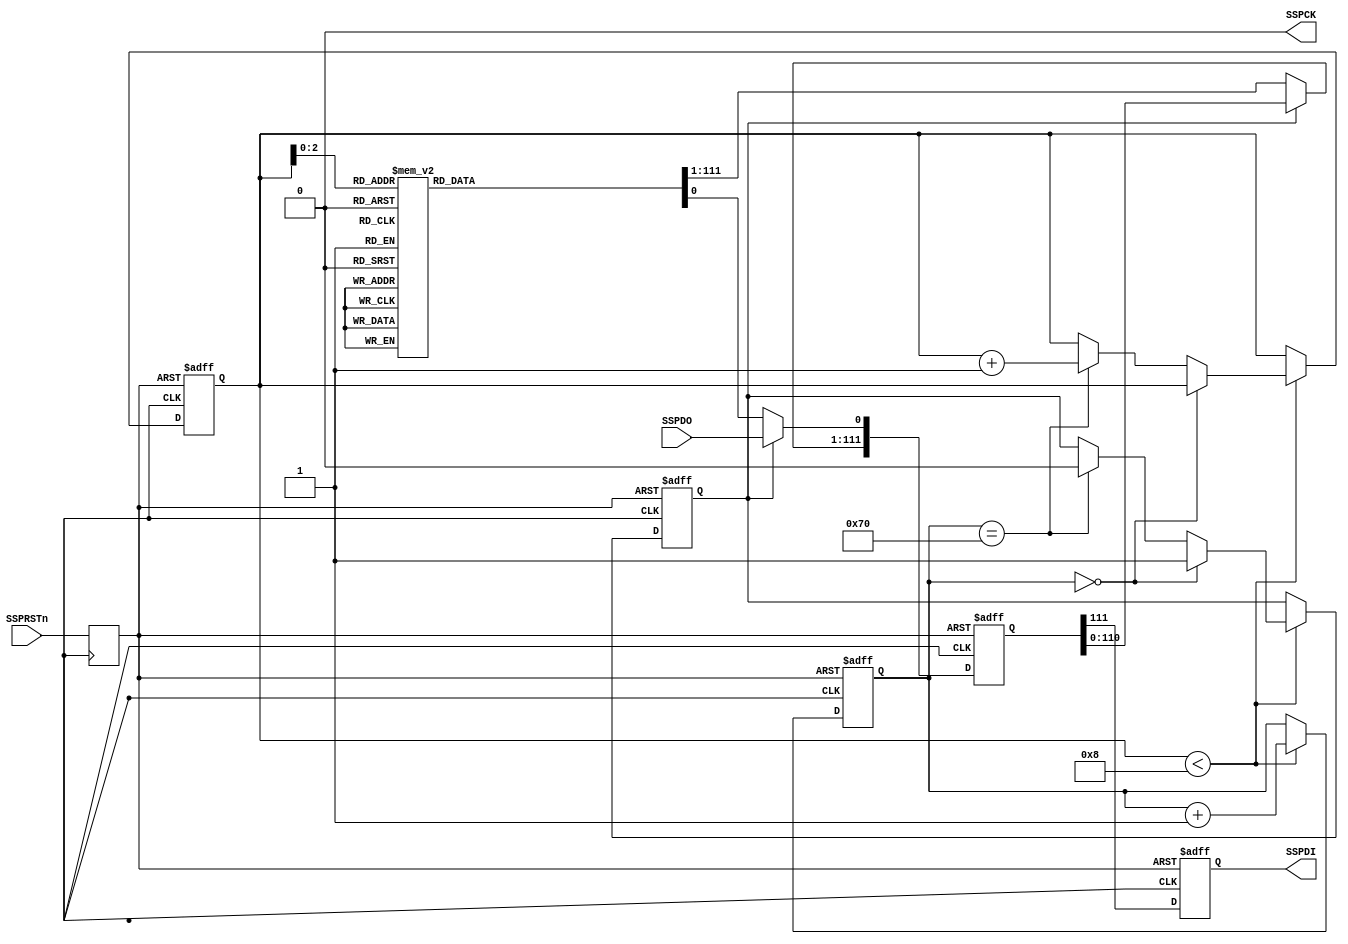
//  --=====================================================================--
//  This confidential and proprietary software may be used only as
//  authorised by a licensing agreement from ARM Limited
//   (C) COPYRIGHT 2010 ARM Limited
//        ALL RIGHTS RESERVED
//  The entire notice above must be reproduced on all authorised
//  copies and copies may only be made to the extent permitted
//  by a licensing agreement from ARM Limited.
//
//  -------------------------------------------------------------------------
//  Version and Release Control Information:
//
//  File Revision       : $Revision: 365823 $
//
//  Release Information : CM3DesignStart-r0p0-02rel0
//
//  -------------------------------------------------------------------------
//
//
//  -------------------------------------------------------------------------
//  Purpose: Simple SPI master interface to FPGA
//  -------------------------------------------------------------------------

`timescale 1 ns/1 ps
module dcc_spi_axi (

  SSPRSTn,
  SSPCK,
  SSPDI,
  SSPDO
);

//-----------------------------------------------------------------------------
// port declarations
//-----------------------------------------------------------------------------
input          SSPRSTn;
output         SSPCK;
output         SSPDI;
input          SSPDO;


//-----------------------------------------------------------------------------
// Constants
//-----------------------------------------------------------------------------

// Store the serial in packet
// 112 bit packet: | Comand[7:0] | Address[39:0]| DataIn[31:0] | DataOut[31:0]

// Comand
//  READ:      20
//  WRITE:     A0
//  CFG_READ:  40
//  CFG_WRITE: C0

//Write date from SPI
`define TEST_VECTOR0 112'hA000_0040_0004_AAAA_5555_0000_0000
`define TEST_VECTOR1 112'h2000_0040_0004_0000_0000_0000_0000
`define TEST_VECTOR2 112'hA000_0040_0004_AAAA_5555_0000_0000
`define TEST_VECTOR3 112'h2000_0040_0004_0000_0000_0000_0000
`define TEST_VECTOR4 112'hA000_0040_0004_AAAA_5555_0000_0000
`define TEST_VECTOR5 112'h2000_0040_0004_0000_0000_0000_0000
`define TEST_VECTOR6 112'hA000_0040_0004_AAAA_5555_0000_0000
`define TEST_VECTOR7 112'h2000_0040_0004_0000_0000_0000_0000

//`define TEST_VECTOR1 112'hA000_2100_0008_1111_1111_0000_0000
//`define TEST_VECTOR2 112'hA000_2100_000C_2222_2222_0000_0000
//`define TEST_VECTOR3 112'hA000_2100_0010_CCCC_CCCC_0000_0000

//Read data to SPI
//`define TEST_VECTOR5 112'h2000_2100_0008_0000_0000_0000_0000
//`define TEST_VECTOR6 112'h2000_2100_000C_0000_0000_0000_0000
//`define TEST_VECTOR7 112'h2000_2100_0010_0000_0000_0000_0000



//-----------------------------------------------------------------------------
// Wire declarations
//-----------------------------------------------------------------------------
reg [111:0] ShiftReg;
reg [3:0]   WordSel;
reg [31:0]  DataIn;

reg         clken;
reg [6:0]   cnt;

reg         SSPDI_reg;
//-----------------------------------------------------------------------------
// Main body of code
//-----------------------------------------------------------------------------

// ======================
// SSPCLK Generator
// ======================

reg iSSPCK;
reg SSPRSTn_i;

initial
   iSSPCK = 1'b0;

always
  begin
     #50
   iSSPCK = ~iSSPCK;  //10MHz
  end // always begin


// Synchronise reset to clock.
always @ (posedge iSSPCK)
begin
   SSPRSTn_i <= SSPRSTn;
end



// ==============================================
// Shift Test Data out
// ==============================================

always @ (posedge iSSPCK or negedge SSPRSTn_i)
begin
  if (!SSPRSTn_i) begin
      ShiftReg <= `TEST_VECTOR0;
  end else begin
    if (clken) begin
      ShiftReg[111:1] <= ShiftReg[110:0];
      ShiftReg[0]     <= SSPDO;
    end else begin
     case (WordSel[2:0])
       3'b000:  ShiftReg <= `TEST_VECTOR0;
       3'b001:  ShiftReg <= `TEST_VECTOR1;
       3'b010:  ShiftReg <= `TEST_VECTOR2;
       3'b011:  ShiftReg <= `TEST_VECTOR3;
       3'b100:  ShiftReg <= `TEST_VECTOR4;
       3'b101:  ShiftReg <= `TEST_VECTOR5;
       3'b110:  ShiftReg <= `TEST_VECTOR6;
       3'b111:  ShiftReg <= `TEST_VECTOR7;
       default: ShiftReg <= `TEST_VECTOR0;
   endcase
    end
  end
end


// =================================
// Clock Enable
// =================================

always @ (negedge iSSPCK or negedge SSPRSTn_i)
begin
  if (!SSPRSTn_i) begin
    cnt      <= 0;
    clken    <= 1'b0;
    WordSel  <= 0;
  end else begin
    if (WordSel<8) begin
      cnt <= cnt + 1;
      if(cnt  == 0)
        clken <= 1;
      else if (cnt == 112) begin
        clken <= 0;
        WordSel <= WordSel+1;
      end
    end
  end
end

assign SSPCK = iSSPCK & clken;





always @ (negedge iSSPCK or negedge SSPRSTn_i)
begin
  if (!SSPRSTn_i)
   SSPDI_reg <= 1'b0;
  else
   SSPDI_reg <=  ShiftReg[111]; //1bits at a time
end

assign SSPDI = SSPDI_reg;

always @(negedge iSSPCK or negedge SSPRSTn_i)
begin
  if (!SSPRSTn_i) begin
    DataIn     <= {32{1'b0}};
  end
  else begin
    if (cnt == 112)
         DataIn <= ShiftReg[31:0];
  end
end




endmodule